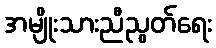
အမျိုးသားညီညွတ်ရေး